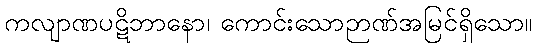
ကလျာဏပဋိဘာနော၊ ကောင်းသောဉာဏ်အမြင်ရှိသော။